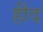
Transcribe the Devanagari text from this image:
हींद